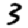
Digit: 3